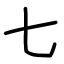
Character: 七